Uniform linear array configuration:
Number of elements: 12
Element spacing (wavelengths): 0.25
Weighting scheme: cosine
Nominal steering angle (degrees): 30
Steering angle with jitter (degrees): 31.662
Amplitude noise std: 0.05
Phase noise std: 0.05

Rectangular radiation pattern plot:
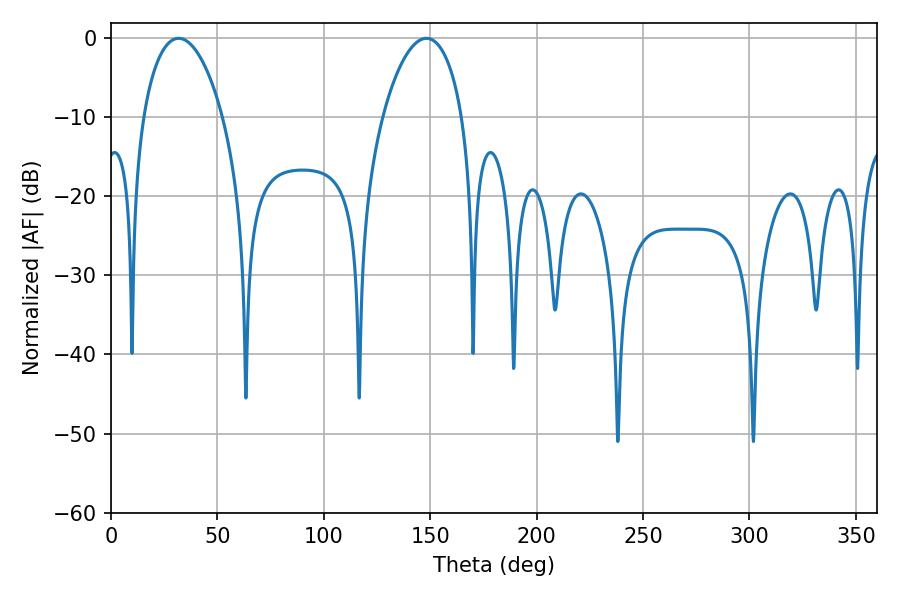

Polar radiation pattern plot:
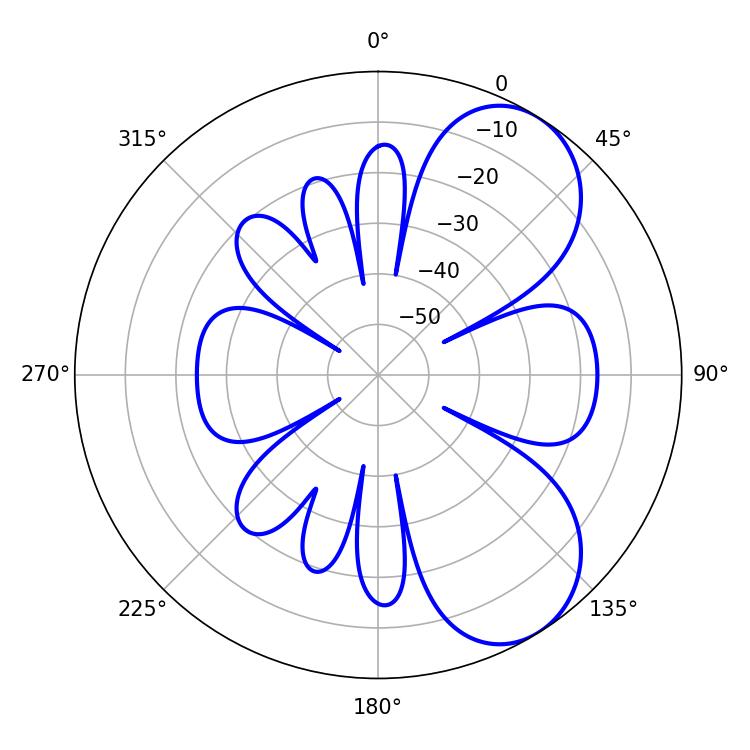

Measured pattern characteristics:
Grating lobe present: FALSE
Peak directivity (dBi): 6.756
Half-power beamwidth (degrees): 21.24
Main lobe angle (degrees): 31.86